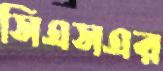
সিএসএর